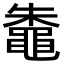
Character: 鼄